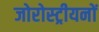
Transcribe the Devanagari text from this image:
जोरोस्ट्रीयनों